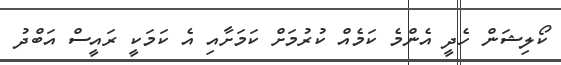
ކޯލިޝަން ހެދީ އެންމެ ކަމެއް ކުރުމަށް ކަމަށާއި އެ ކަމަކީ ރައީސް އަބްދު